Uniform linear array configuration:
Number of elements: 64
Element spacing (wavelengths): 0.5
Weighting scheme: hamming
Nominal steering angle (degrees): -60
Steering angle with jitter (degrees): -58.265
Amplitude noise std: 0.05
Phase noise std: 0.05

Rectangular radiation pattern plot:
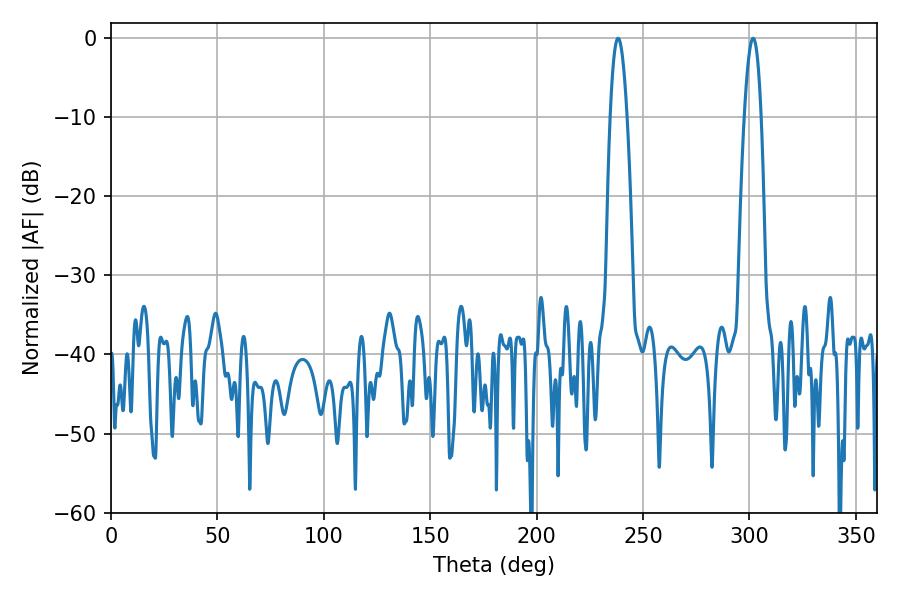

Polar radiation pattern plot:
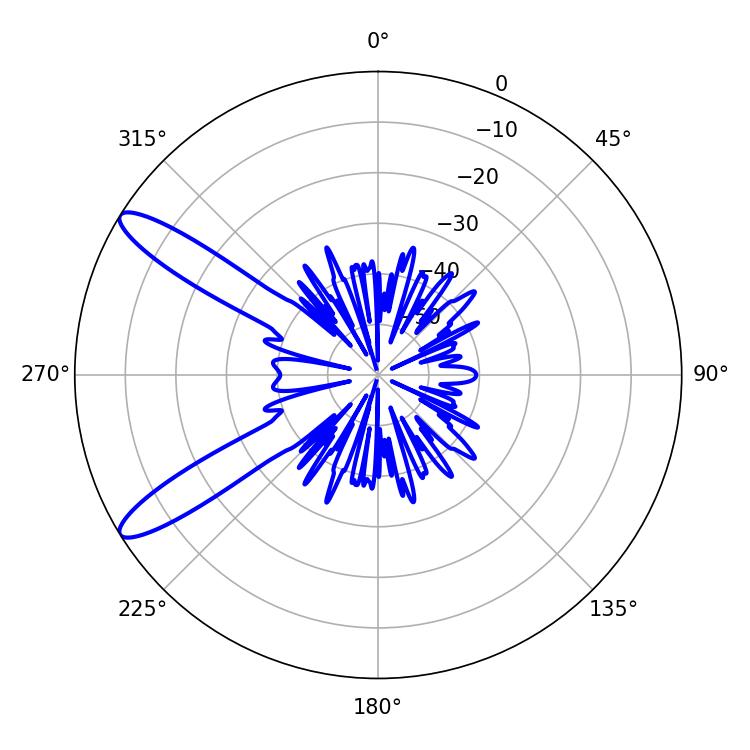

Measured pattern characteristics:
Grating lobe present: FALSE
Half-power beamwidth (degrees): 4.32
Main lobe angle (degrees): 238.32